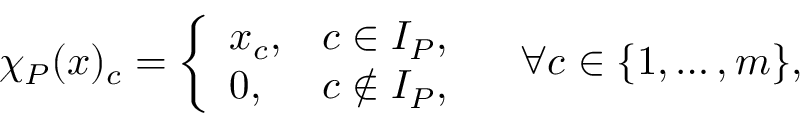
\chi _ { P } ( x ) _ { c } = \left\{ \begin{array} { l l } { x _ { c } , } & { c \in I _ { P } , } \\ { 0 , } & { c \not \in I _ { P } , } \end{array} \right. \quad \forall c \in \{ 1 , \ldots , m \} ,